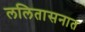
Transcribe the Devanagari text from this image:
ललितासनात